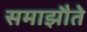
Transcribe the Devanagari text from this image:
समाझौते